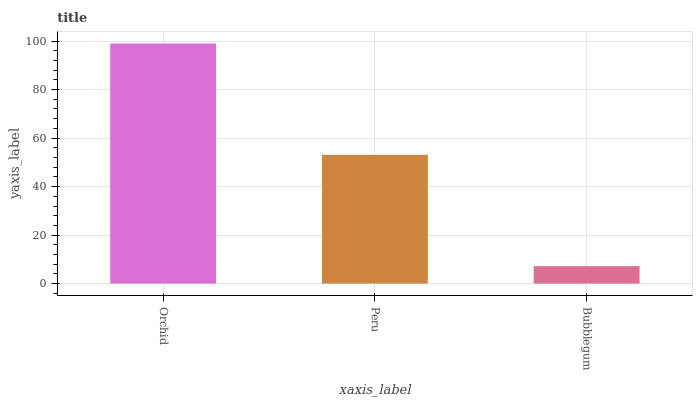
| xaxis_label | bars |
 | --- | --- |
 | Orchid | 99 |
 | Peru | 53.1 |
 | Bubblegum | 7.21 |